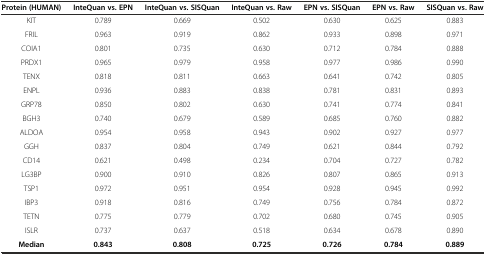
<table><thead><tr><td><b>Protein (HUMAN)</b></td><td><b>InteQuan vs. EPN</b></td><td><b>InteQuan vs. SISQuan</b></td><td><b>InteQuan vs. Raw</b></td><td><b>EPN vs. SISQuan</b></td><td><b>EPN vs. Raw</b></td><td><b>SISQuan vs. Raw</b></td></tr></thead><tbody><tr><td>KIT</td><td>0.789</td><td>0.669</td><td>0.502</td><td>0.630</td><td>0.625</td><td>0.883</td></tr><tr><td>FRIL</td><td>0.963</td><td>0.919</td><td>0.862</td><td>0.933</td><td>0.898</td><td>0.971</td></tr><tr><td>COIA1</td><td>0.801</td><td>0.735</td><td>0.630</td><td>0.712</td><td>0.784</td><td>0.888</td></tr><tr><td>PRDX1</td><td>0.965</td><td>0.979</td><td>0.958</td><td>0.977</td><td>0.986</td><td>0.990</td></tr><tr><td>TENX</td><td>0.818</td><td>0.811</td><td>0.663</td><td>0.641</td><td>0.742</td><td>0.805</td></tr><tr><td>ENPL</td><td>0.936</td><td>0.883</td><td>0.838</td><td>0.781</td><td>0.831</td><td>0.893</td></tr><tr><td>GRP78</td><td>0.850</td><td>0.802</td><td>0.630</td><td>0.741</td><td>0.774</td><td>0.841</td></tr><tr><td>BGH3</td><td>0.740</td><td>0.679</td><td>0.589</td><td>0.685</td><td>0.760</td><td>0.882</td></tr><tr><td>ALDOA</td><td>0.954</td><td>0.958</td><td>0.943</td><td>0.902</td><td>0.927</td><td>0.977</td></tr><tr><td>GGH</td><td>0.837</td><td>0.804</td><td>0.749</td><td>0.621</td><td>0.844</td><td>0.792</td></tr><tr><td>CD14</td><td>0.621</td><td>0.498</td><td>0.234</td><td>0.704</td><td>0.727</td><td>0.782</td></tr><tr><td>LG3BP</td><td>0.900</td><td>0.910</td><td>0.826</td><td>0.807</td><td>0.865</td><td>0.913</td></tr><tr><td>TSP1</td><td>0.972</td><td>0.951</td><td>0.954</td><td>0.928</td><td>0.945</td><td>0.992</td></tr><tr><td>IBP3</td><td>0.918</td><td>0.816</td><td>0.749</td><td>0.756</td><td>0.784</td><td>0.872</td></tr><tr><td>TETN</td><td>0.775</td><td>0.779</td><td>0.702</td><td>0.680</td><td>0.745</td><td>0.905</td></tr><tr><td>ISLR</td><td>0.737</td><td>0.637</td><td>0.518</td><td>0.634</td><td>0.678</td><td>0.890</td></tr><tr><td><b>Median</b></td><td><b>0.843</b></td><td><b>0.808</b></td><td><b>0.725</b></td><td><b>0.726</b></td><td><b>0.784</b></td><td><b>0.889</b></td></tr></tbody></table>